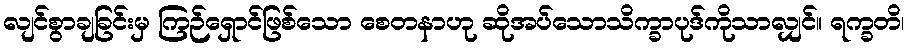
လျင်စွာချခြင်းမှ ကြဉ်ရှောင်ဖြစ်သော စေတနာဟု ဆိုအပ်သောသိက္ခာပုဒ်ကိုသာလျှင်။ ရက္ခတိ၊